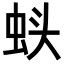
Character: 𬠁